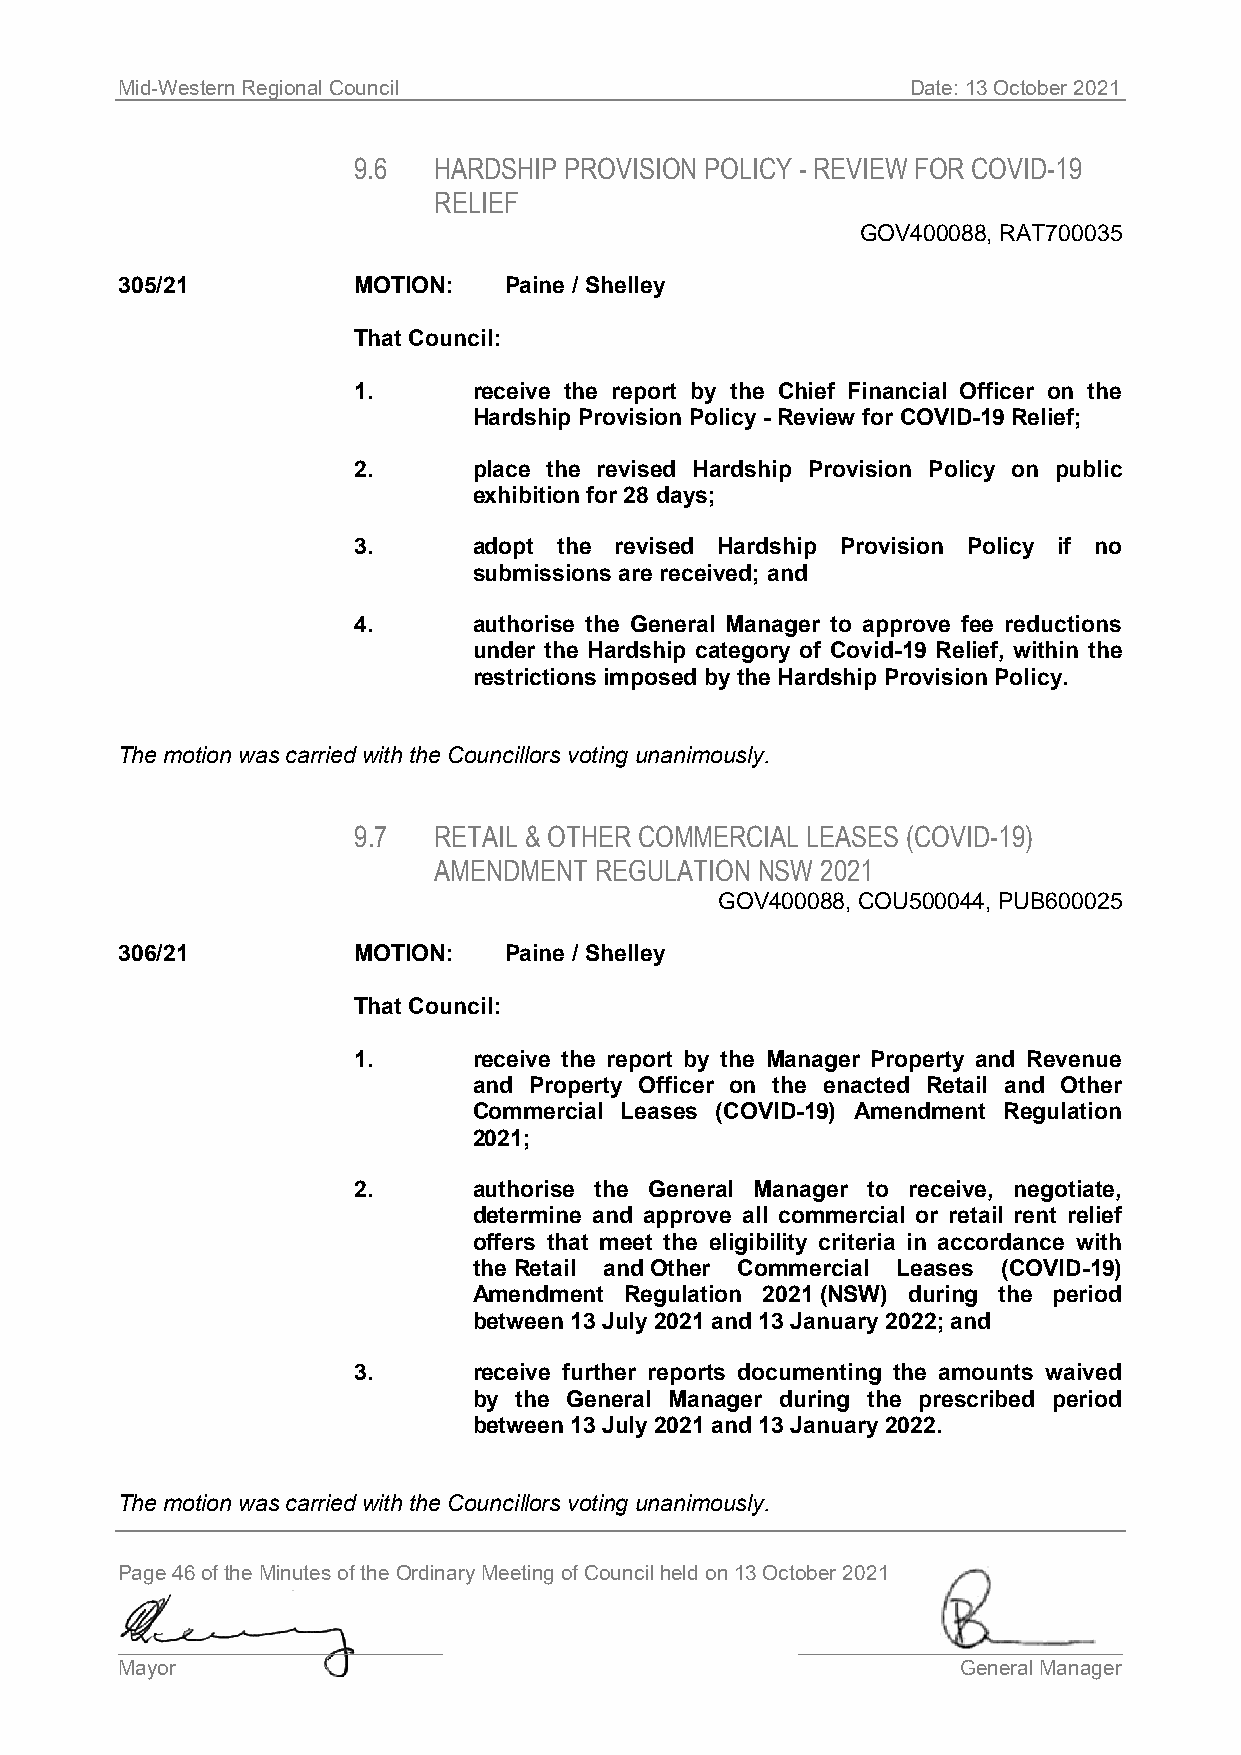
Mid-Western Regional Council                        Date: 13 October 2021
 9.6   HARDSHIP PROVISION POLICY - REVIEW FOR COVID-19
 RELIEF
 GOV400088, RAT700035
 305/21         MOTION:   Paine / Shelley
 That Council:
 1.      receive the report by the Chief Financial Officer on the
 Hardship Provision Policy - Review for COVID-19 Relief;
 2.      place the revised Hardship Provision Policy on public
 exhibition for 28 days;
 3.      adopt the revised Hardship Provision Policy if no
 submissions are received; and
 4.      authorise the General Manager to approve fee reductions
 under the Hardship category of Covid-19 Relief, within the
 restrictions imposed by the Hardship Provision Policy.
 The motion was carried with the Councillors voting unanimously.
 9.7   RETAIL & OTHER COMMERCIAL LEASES (COVID-19)
 AMENDMENT REGULATION NSW 2021
 GOV400088, COU500044, PUB600025
 306/21         MOTION:   Paine / Shelley
 That Council:
 1.      receive the report by the Manager Property and Revenue
 and Property Officer on the enacted Retail and Other
 Commercial Leases (COVID-19) Amendment Regulation
 2021;
 2.      authorise the General Manager to receive, negotiate,
 determine and approve all commercial or retail rent relief
 offers that meet the eligibility criteria in accordance with
 the Retail and Other Commercial Leases (COVID-19)
 Amendment Regulation 2021 (NSW) during the period
 between 13 July 2021 and 13 January 2022; and
 3.      receive further reports documenting the amounts waived
 by the General Manager during the prescribed period
 between 13 July 2021 and 13 January 2022.
 The motion was carried with the Councillors voting unanimously.
 Page 46 of the Minutes of the Ordinary Meeting of Council held on 13 October 2021
 ____________________________                 ____________________________
 Mayor                                                   General Manager